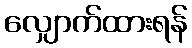
လျှောက်ထားရန်